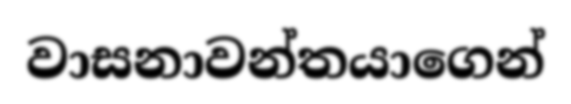
වාසනාවන්තයාගෙන්